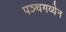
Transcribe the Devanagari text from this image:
पञ्चगव्येन